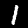
Label: 1